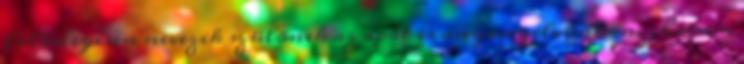
fölöslegesen nevezik szülõnek az apát is anyanyelvünkön. , hanem